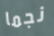
نجما